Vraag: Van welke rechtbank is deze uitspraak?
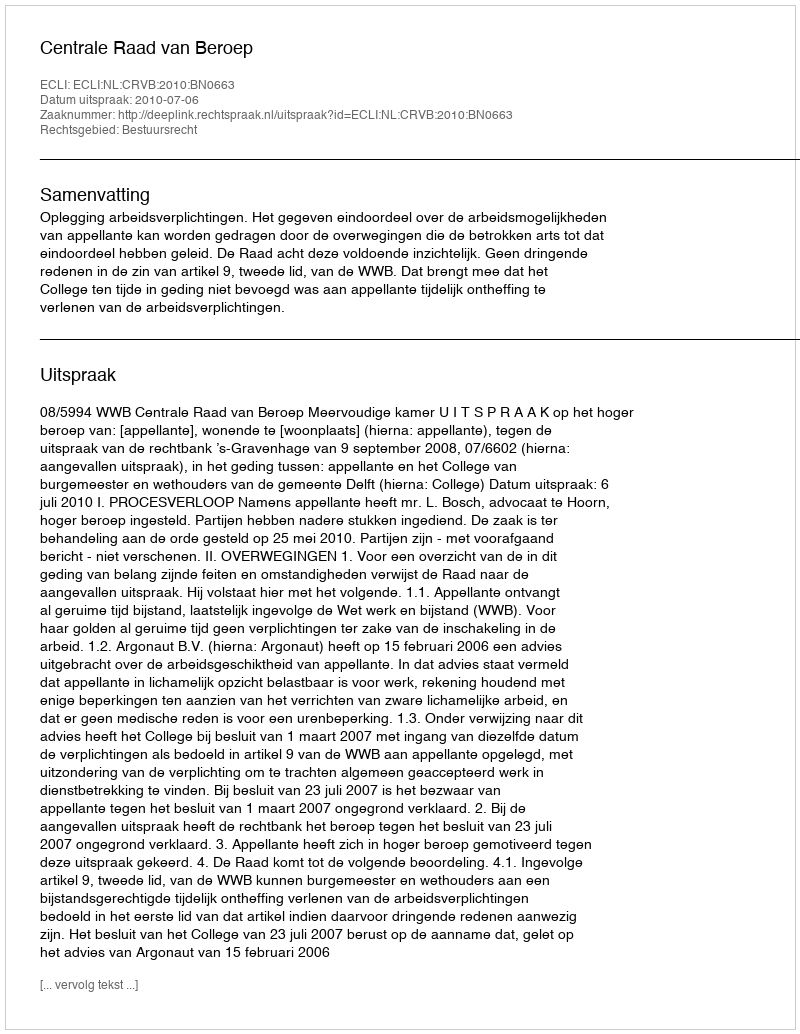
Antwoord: Centrale Raad van Beroep